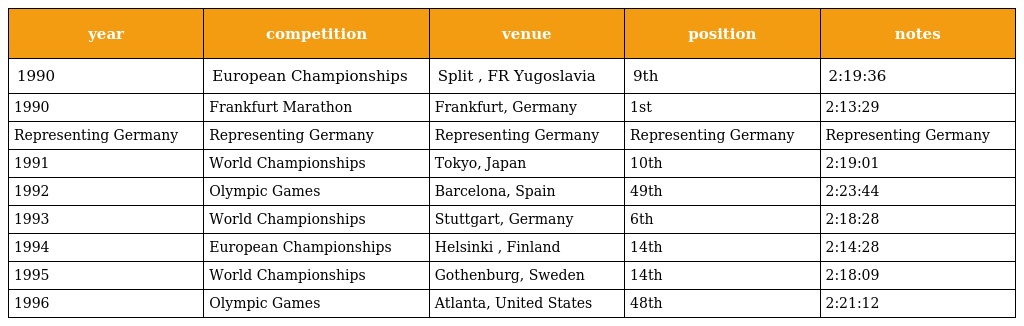
| year | competition | venue | position | notes |
 | --- | --- | --- | --- | --- |
 | 1990 | European Championships | Split , FR Yugoslavia | 9th | 2:19:36 |
 | 1990 | Frankfurt Marathon | Frankfurt, Germany | 1st | 2:13:29 |
 | Representing Germany | Representing Germany | Representing Germany | Representing Germany | Representing Germany |
 | 1991 | World Championships | Tokyo, Japan | 10th | 2:19:01 |
 | 1992 | Olympic Games | Barcelona, Spain | 49th | 2:23:44 |
 | 1993 | World Championships | Stuttgart, Germany | 6th | 2:18:28 |
 | 1994 | European Championships | Helsinki , Finland | 14th | 2:14:28 |
 | 1995 | World Championships | Gothenburg, Sweden | 14th | 2:18:09 |
 | 1996 | Olympic Games | Atlanta, United States | 48th | 2:21:12 |